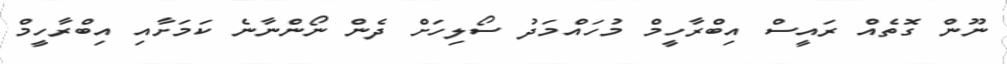
ނޫން ގޮތެއް ރައީސް އިބްރާހީމް މުހައްމަދު ސޯލިހަށް ދެން ނޯންނާނެ ކަމަށާއި އިބްރާހީމް